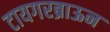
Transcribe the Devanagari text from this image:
टायगरब्राऊन